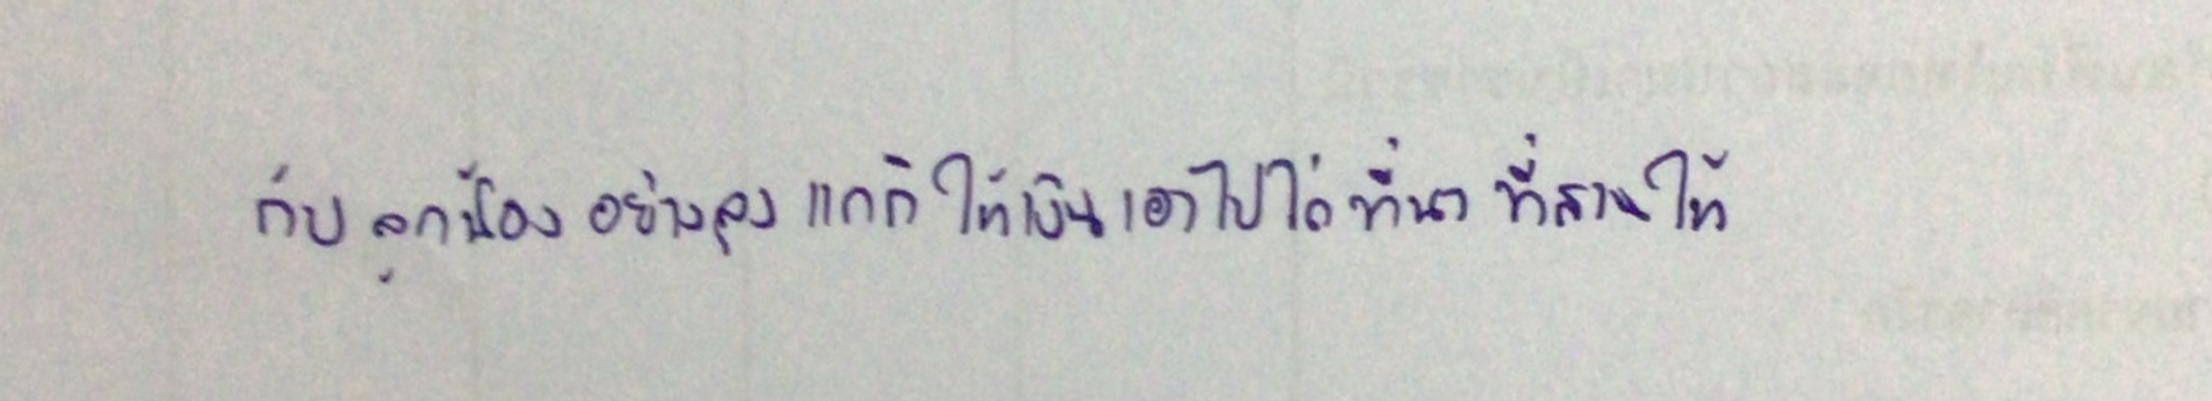
กับลูกน้องอย่างลุงแกก็ให้เงินเอาไปไถ่ที่นาที่สวนให้